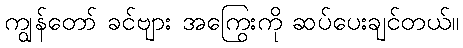
ကျွန်တော် ခင်ဗျား အကြွေးကို ဆပ်ပေးချင်တယ်။